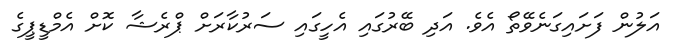
އަލުން ފަށައިގަނެވޭތޯ އެވެ. އަދި ބޭރުގައި އެހީގައި ސަރުކާރަށް ޕްރެޝާ ކޮށް އެމްޑީޕީގެ